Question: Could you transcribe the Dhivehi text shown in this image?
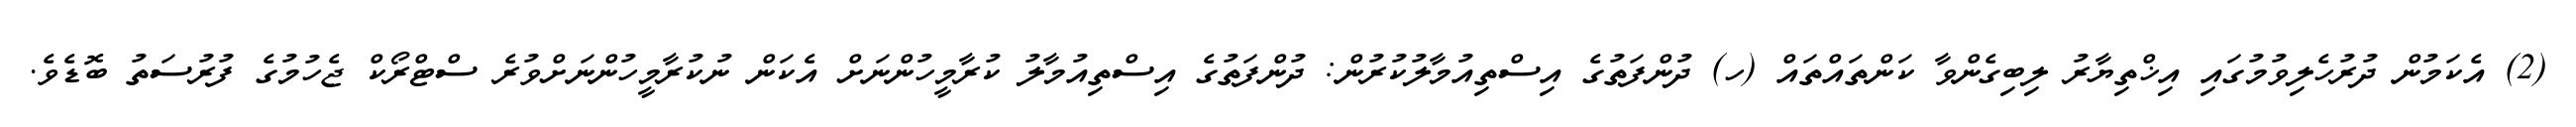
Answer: (2) އެކަމުން ދުރުހެލިވުމުގައި އިޚްތިޔާރު ލިބިގެންވާ ކަންތައްތައް (ހ) ދުންފަތުގެ އިސްތިއުމާލުކުރުން: ދުންފަތުގެ އިސްތިއުމާލު ކުރާމީހުންނަށް އެކަން ނުކުރާމީހުންނަށްވުރެ ސްޓްރޯކް ޖެހުމުގެ ފުރުސަތު ބޮޑެވެ.